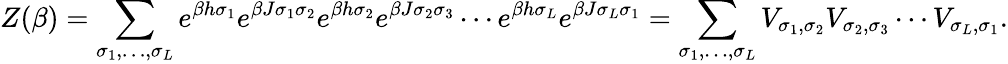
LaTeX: Z(\beta)=\sum_{\sigma_{1},\ldots,\sigma_{L}}e^{\beta h\sigma_{1}}e^{\beta J\sigma_{1}\sigma_{2}}e^{\beta h\sigma_{2}}e^{\beta J\sigma_{2}\sigma_{3}}\cdots e^{\beta h\sigma_{L}}e^{\beta J\sigma_{L}\sigma_{1}}=\sum_{\sigma_{1},\ldots,\sigma_{L}}V_{\sigma_{1},\sigma_{2}}V_{\sigma_{2},\sigma_{3}}\cdots V_{\sigma_{L},\sigma_{1}}.